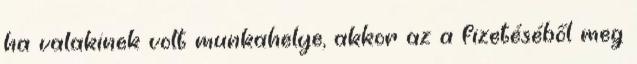
ha valakinek volt munkahelye, akkor az a fizetéséből meg